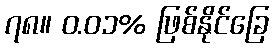
၇၈။ ၀.၀၁% ဖြစ်နိုင်ခြေ